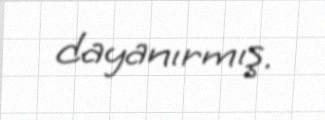
dayanırmış.